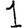
Digit: 1